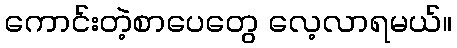
ကောင်းတဲ့စာပေတွေ လေ့လာရမယ်။